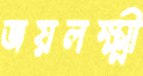
জয়লক্ষ্মী